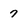
Character: 7